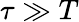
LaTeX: \tau\gg T